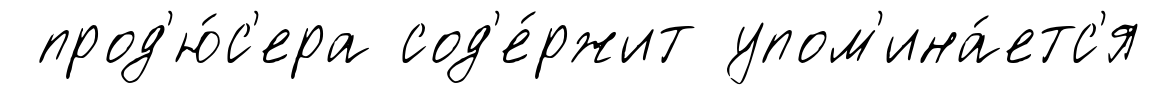
прод'ю́с'ера сод'е́ржит упом'ина́етс'я